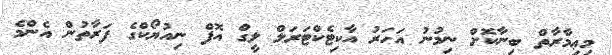
މިޢިމާރާތް ބިނާކޮށް ނިމުނު އަހަރު އާކިޓެކްޓަރަލް ލީގް އޮފް ނިއުޔޯކްގެ ފަރާތުން އެންމެ